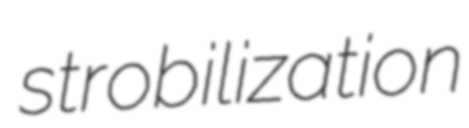
strobilization